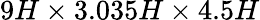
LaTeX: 9H\times 3.035H\times 4.5H